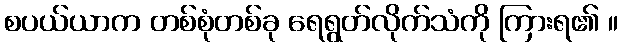
စပယ်ယာက တစ်စုံတစ်ခု ရေရွတ်လိုက်သံကို ကြားရ၏ ။